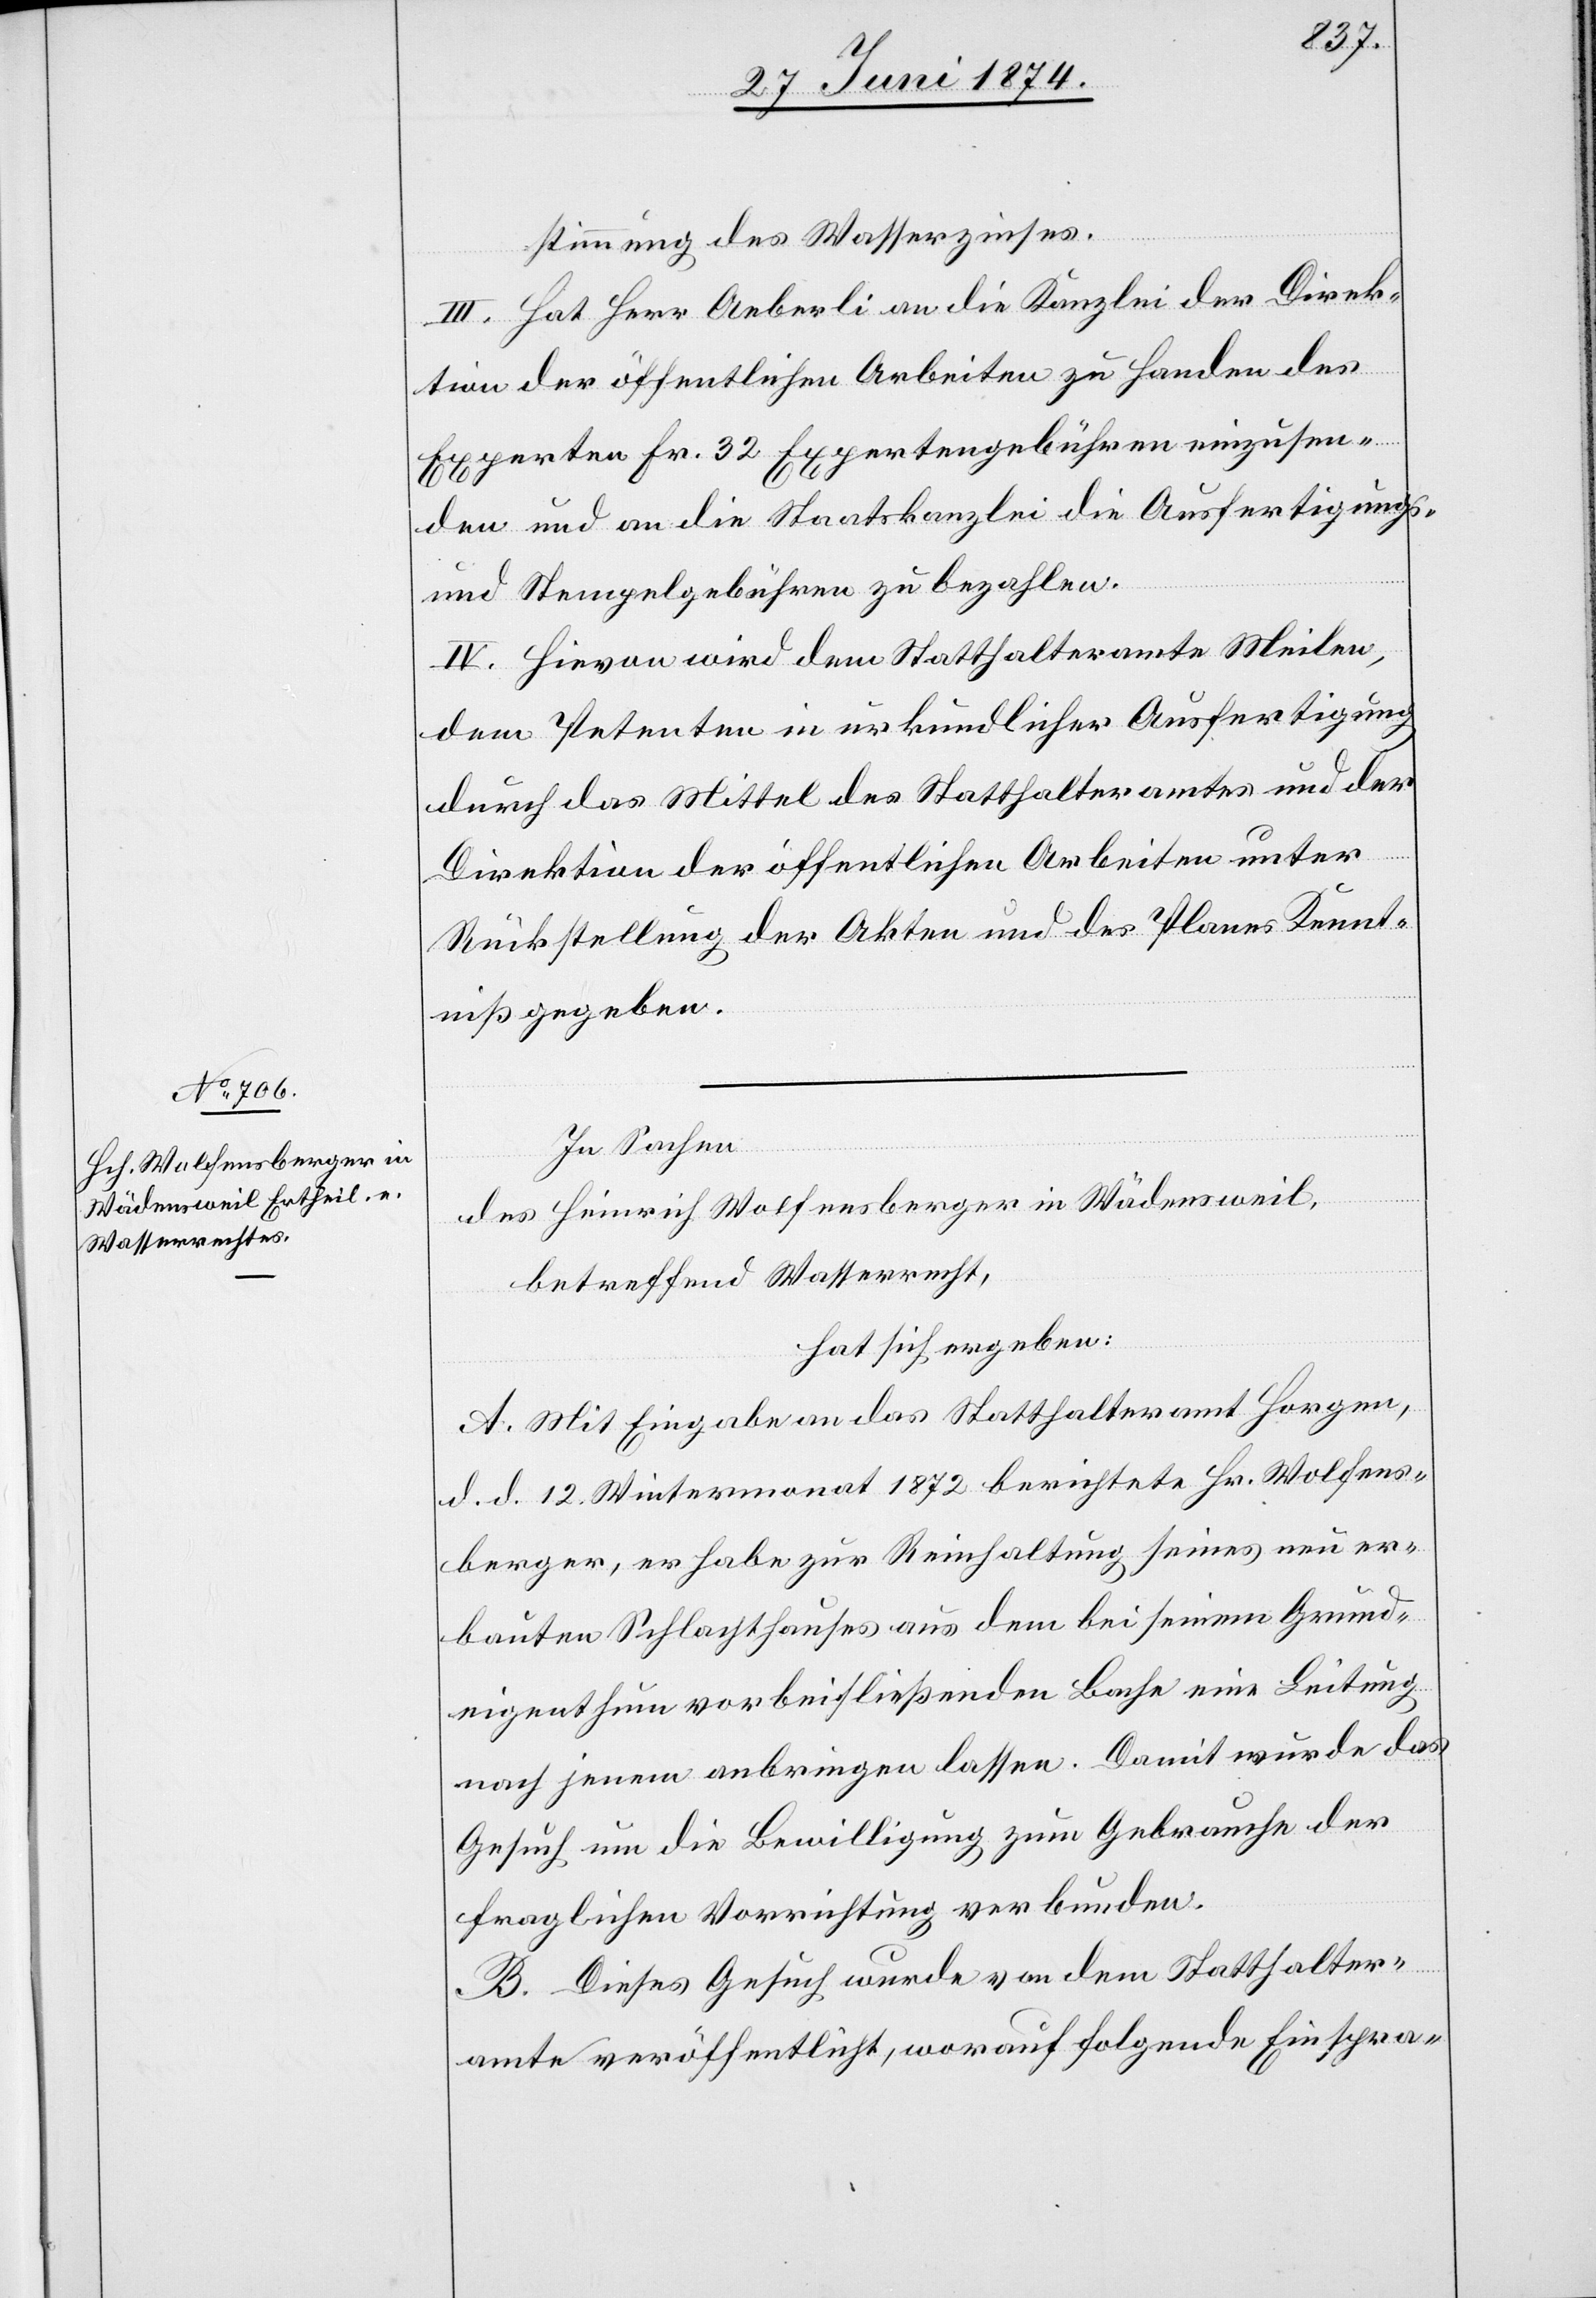
stimmung des Wasserzinses.
III. Hat Herr Aeberli an die Kanzlei der Direk¬
tion der öffentlichen Arbeiten zu Handen des
Experten Fr. 32 Expertengebühren einzusen¬
den und an die Staatskanzlei die Ausfertigungs-
und Stempelgebühren zu bezahlen.
IV. Hievon wird dem Statthalteramte Meilen,
dem Petenten in urkundlicher Ausfertigung
durch das Mittel des Statthalteramtes und der
Direktion der öffentlichen Arbeiten unter
Rückstellung der Akten und des Planes Kennt¬
niß gegeben.
In Sachen
des Heinrich Wolfensberger in Wädensweil,
betreffend Wasserrecht,
hat sich ergeben:
A. Mit Eingabe an das Statthalteramt Horgen,
d. d. 12. Wintermonat 1872 berichtete Hr. Wolfens¬
berger, er habe zur Reinhaltung seines neu er¬
bauten Schlachthauses aus dem bei seinem Grund¬
eigenthum vorbeifließenden Bache eine Leitung
nach jenem anbringen lassen. Damit wurde das
Gesuch um die Bewilligung zum Gebrauche der
fraglichen Vorrichtung verbunden.
B. Dieses Gesuch wurde von dem Statthalter¬
amte veröffentlicht, worauf folgende Einspra-